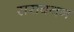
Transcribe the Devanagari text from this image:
सरावनन